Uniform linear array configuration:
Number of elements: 24
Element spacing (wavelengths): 0.75
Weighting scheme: cosine
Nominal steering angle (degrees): -60
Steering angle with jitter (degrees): -59.423
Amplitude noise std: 0.05
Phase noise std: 0.05

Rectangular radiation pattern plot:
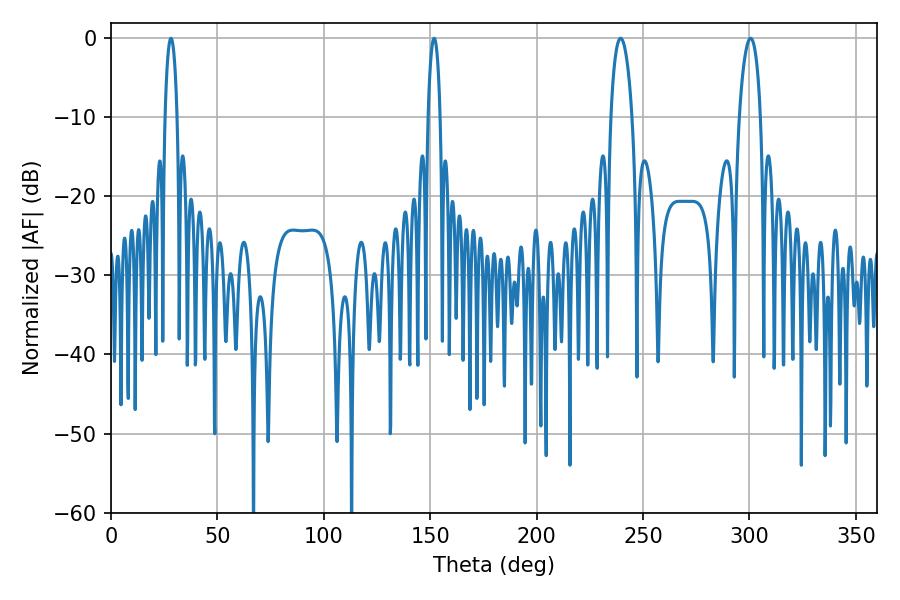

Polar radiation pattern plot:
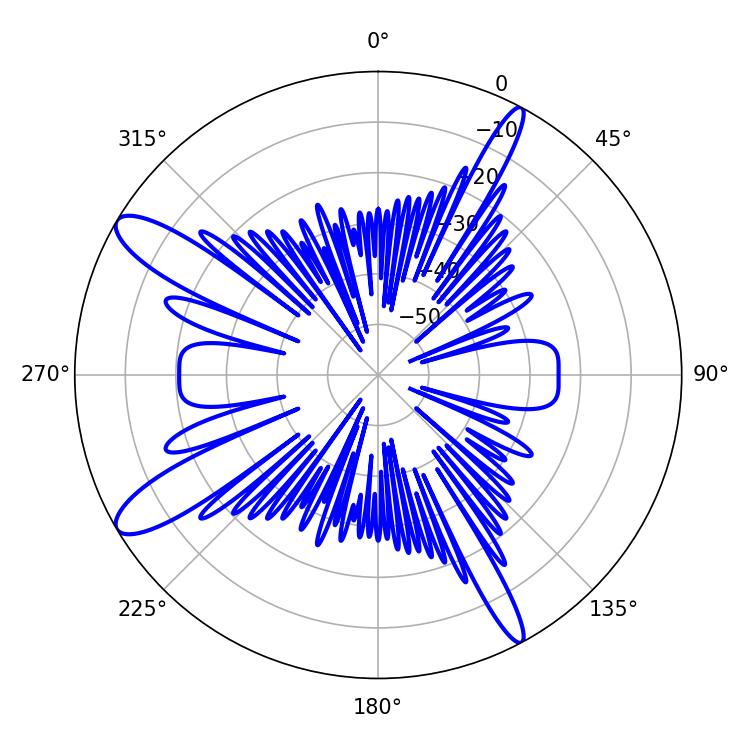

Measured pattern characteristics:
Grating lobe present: TRUE
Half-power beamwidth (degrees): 5.76
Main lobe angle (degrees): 239.4